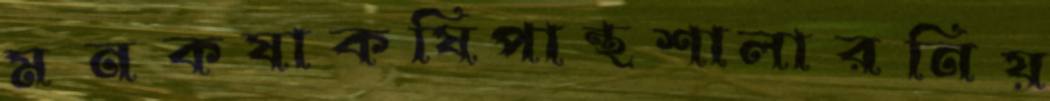
মনকষাকষিপান্থশালারনিয়